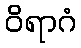
ဝိရာဂံ